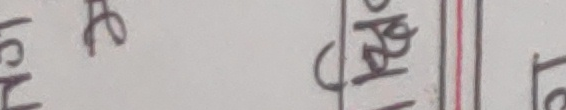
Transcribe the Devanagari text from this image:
लिखे गपढ